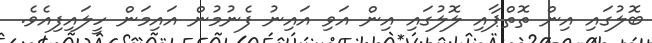
ބޮލުގައި އިން ތޮތްޕާއި ލޮލުގައި އިން އަވި އައިނު ފެނުމުން އައިމަން ހީލައިފިއެވެ.